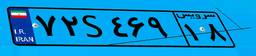
۵۵S۳۰۹۲۵